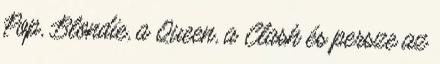
Pop, Blondie, a Queen, a Clash és persze az